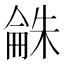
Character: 𣗾